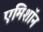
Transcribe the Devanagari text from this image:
एमिशॉन